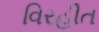
વિરહીત